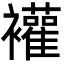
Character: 䙮